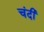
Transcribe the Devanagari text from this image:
चंदी